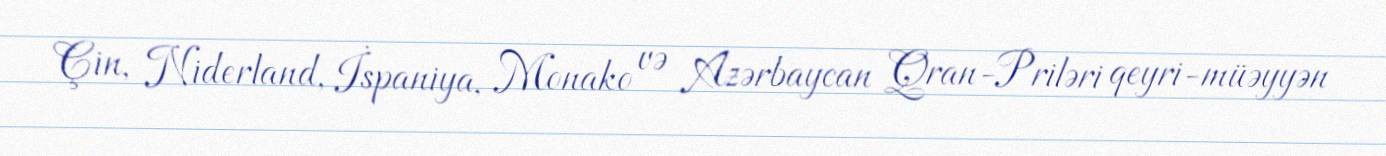
Çin, Niderland, İspaniya, Monako və Azərbaycan Qran-Priləri qeyri-müəyyən